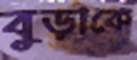
বুড়াকে